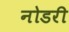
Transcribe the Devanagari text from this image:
नोडरी